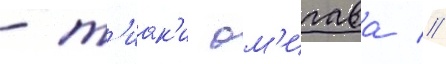
- т'иак'и ом'игава //